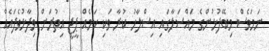
ނަމަވެސް މިބޭފުޅުންގެ މައްސަލާގައި އިސްލާހު ކުރާ ވަކި ކަމެއް ޕީޖީ އިތުރަށް ވިދާޅުވެފައެއް